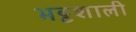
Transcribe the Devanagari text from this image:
भट्टशाली